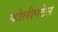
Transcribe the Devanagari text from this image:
कोलीपटेल